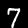
Label: 7